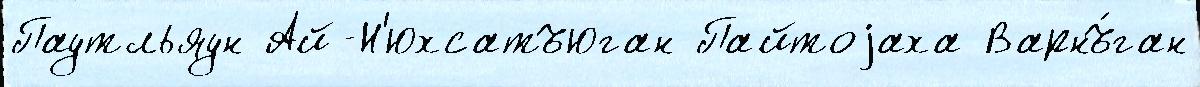
Паутльяун Ай-Н'юхсатъюган Пайтоjаха Варнъ́ган